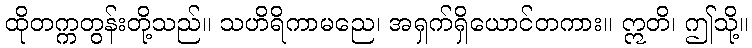
ထိုတက္ကတွန်းတို့သည်။ သဟိရိကာမညေ၊ အရှက်ရှိယောင်တကား။ ဣတိ၊ ဤသို့။